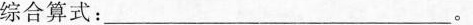
综合算式：___。